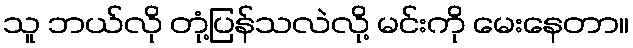
သူ ဘယ်လို တုံ့ပြန်သလဲလို့ မင်းကို မေးနေတာ။